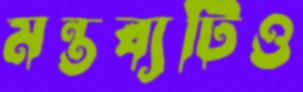
মন্তব্যটিও